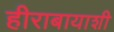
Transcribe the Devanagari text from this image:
हीराबायाशी